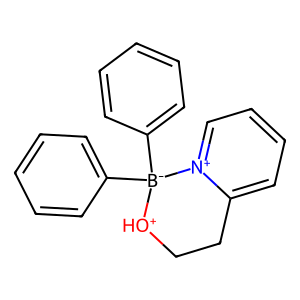
SMILES: c1ccc([B-]2(c3ccccc3)[OH+]CCc3cccc[n+]32)cc1
Inhibits HIV replication: No